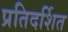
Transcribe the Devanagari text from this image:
प्रतिदर्शित